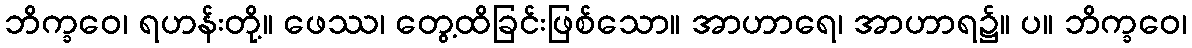
ဘိက္ခဝေ၊ ရဟန်းတို့။ ဖေဿ၊ တွေ့ထိခြင်းဖြစ်သော။ အာဟာရေ၊ အာဟာရ၌။ ပ။ ဘိက္ခဝေ၊